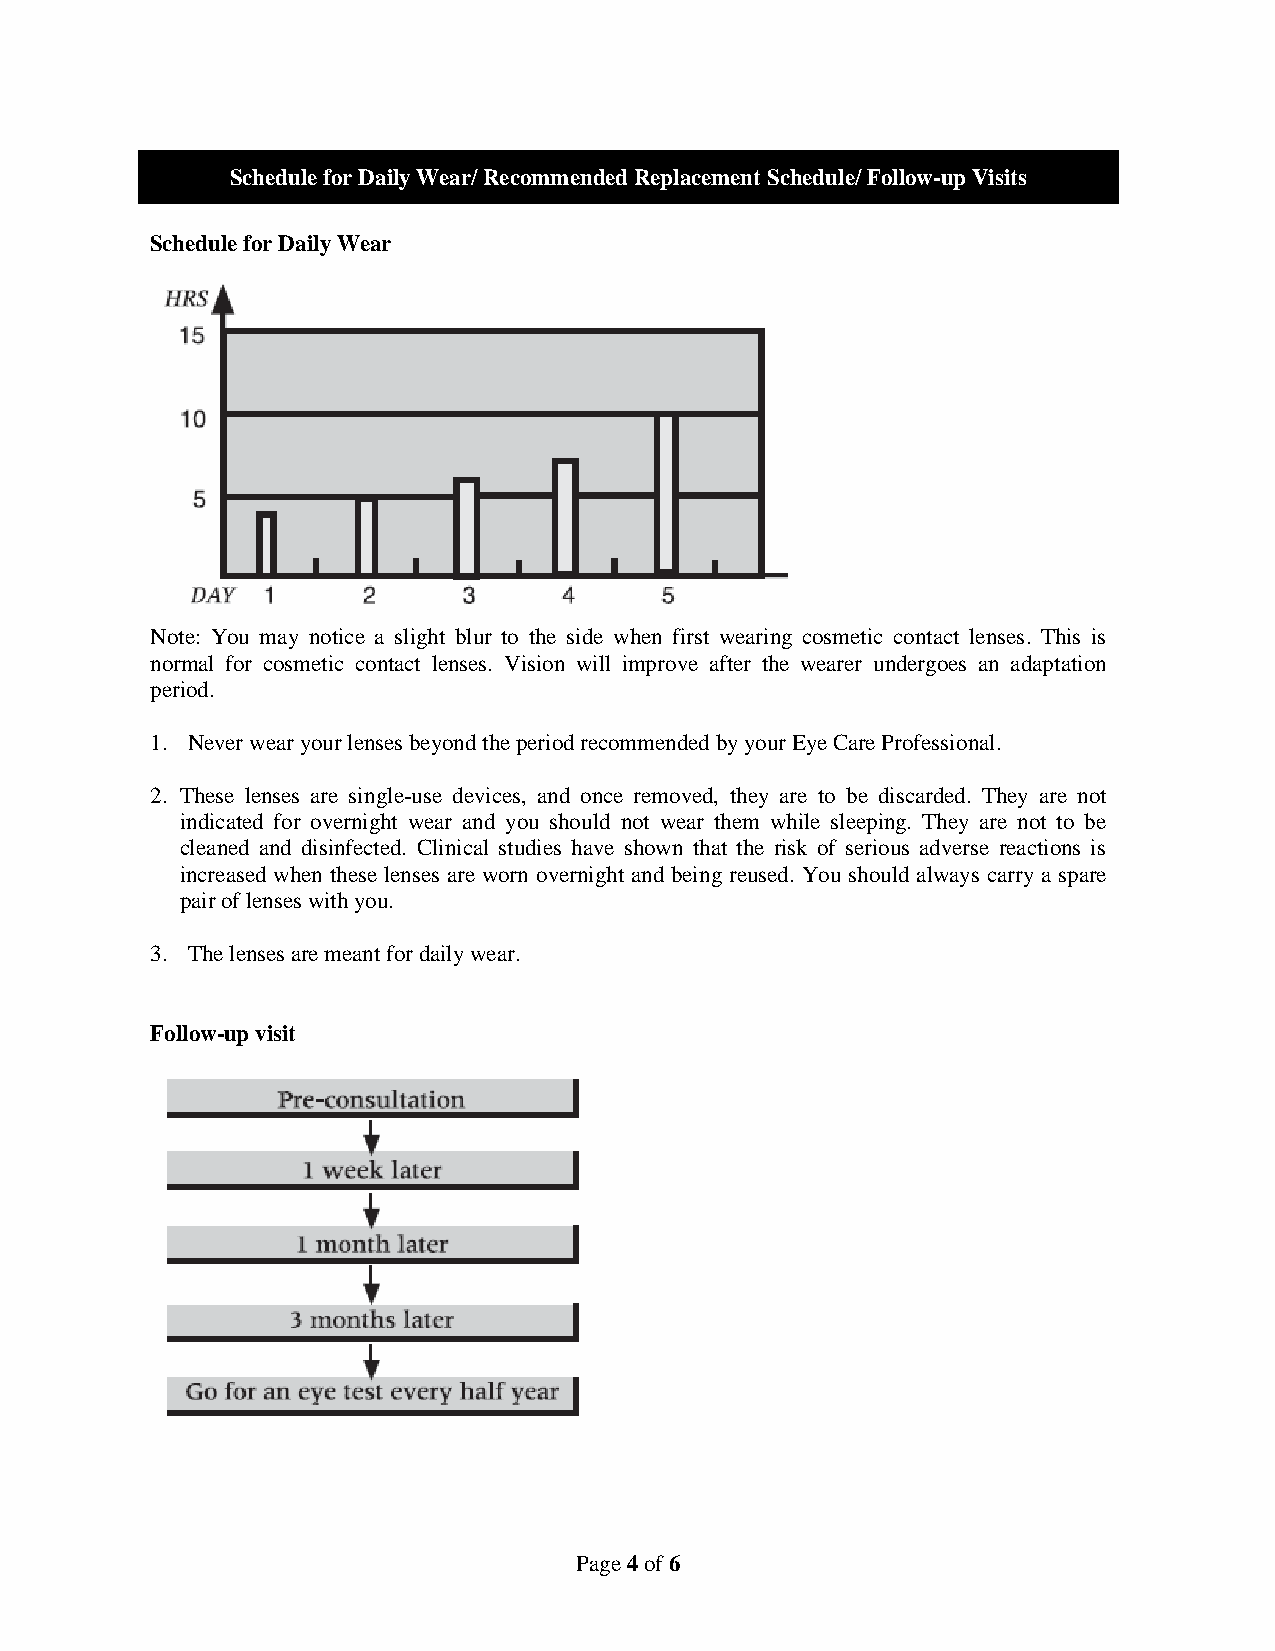
Schedule for Daily Wear/ Recommended Replacement Schedule/ Follow-up Visits
 Schedule for Daily Wear
 Note: You may notice a slight blur to the side when first wearing cosmetic contact lenses. This is
 normal for cosmetic contact lenses. Vision will improve after the wearer undergoes an adaptation
 period.
 1. Never wear your lenses beyond the period recommended by your Eye Care Professional.
 2. These lenses are single-use devices, and once removed, they are to be discarded. They are not
 indicated for overnight wear and you should not wear them while sleeping. They are not to be
 cleaned and disinfected. Clinical studies have shown that the risk of serious adverse reactions is
 increased when these lenses are worn overnight and being reused. You should always carry a spare
 pair of lenses with you.
 3. The lenses are meant for daily wear.
 Follow-up visit
 Page 4 of 6